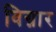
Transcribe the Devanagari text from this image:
विग्नार